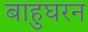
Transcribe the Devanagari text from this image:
बाहुघरन